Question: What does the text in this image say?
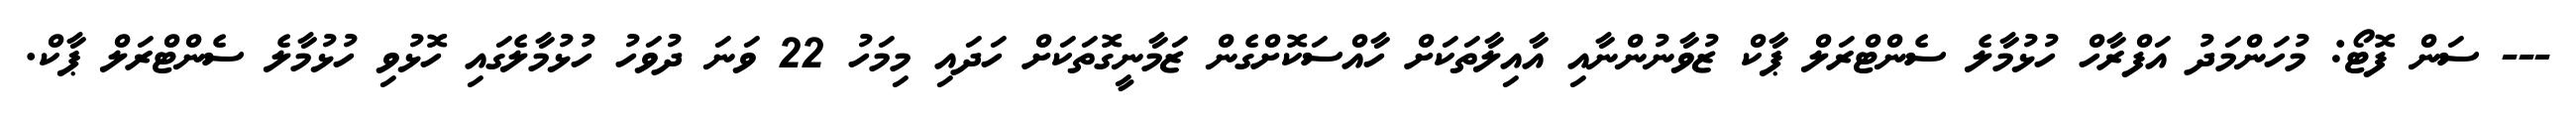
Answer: --- ސަން ފޮޓޯ: މުހަންމަދު އަފްރާހް ހުޅުމާލެ ސެންޓްރަލް ޕާކް ޒުވާނުންނާއި އާއިލާތަކަށް ހާއްސަކޮށްގެން ޒަމާނީގޮތަކަށް ހަދައި މިމަހު 22 ވަނަ ދުވަހު ހުޅުމާލެގައި ހޮޅުވި ހުޅުމާލެ ސެންޓްރަލް ޕާކް.